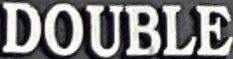
DOUBLE